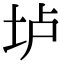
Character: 垆